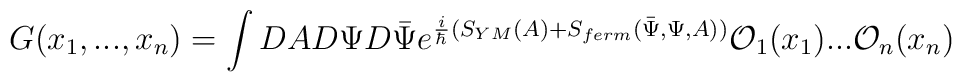
G(x_1, ..., x_n) = \int DA D\Psi D\bar{\Psi} e^{\frac{i}{\hbar}(S_{YM}(A) + S_{ferm}(\bar{\Psi}, \Psi, A))}{\cal O}_1(x_1) ...{\cal O}_n(x_n)